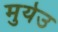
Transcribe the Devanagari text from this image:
मुयेउ